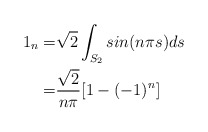
\begin{align*}1_n=&\sqrt{2}\int_{S_2} sin(n\pi s) ds\\=&\dfrac{\sqrt{2}}{n\pi}[1-(-1)^n]\end{align*}